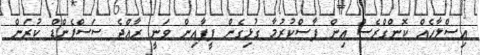
އިސްލާހެއް ކޮންގްރެސް އިން ފާސްކުރުމާ ގުޅިގެން ފީފާއިން ވަނީ ރާއްޖެ ސަސްޕެންޑް ކުރަން